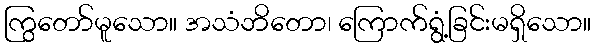
ကြွတော်မူသော။ အသံဘိတော၊ ကြောက်ရွံ့ခြင်းမရှိသော။